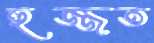
হুজ্জত